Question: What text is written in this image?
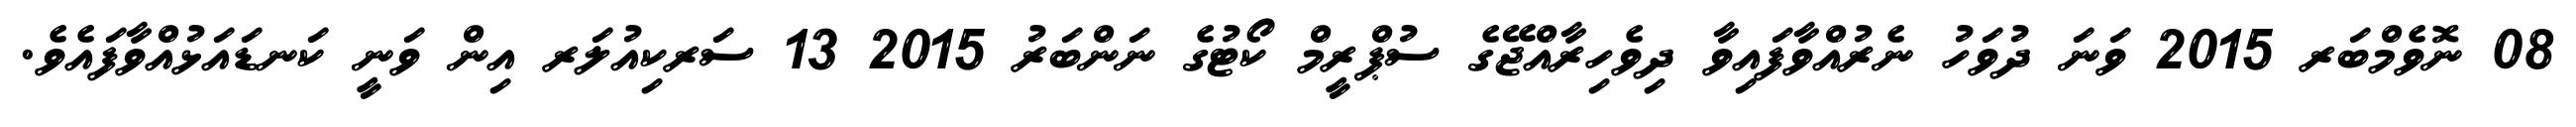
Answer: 08 ނޮވެމްބަރ 2015 ވަނަ ދުވަހު ނެރުއްވާފައިވާ ދިވެހިރާއްޖޭގެ ސުޕްރީމް ކޯޓުގެ ނަންބަރު 2015 13 ސަރކިއުލަރ އިން ވަނީ ކަނޑައަޅުއްވާފައެވެ.